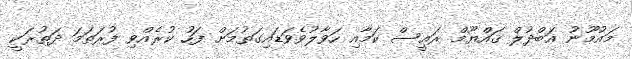
މައުމޫނު އަބްދުލް ޤައްޔޫމް ރައީސް ކަމާއި ހަވާލުވެވަޑައިގަތުމަށް ފަހު ކުރެއްވި ފުރަތަމަ ދަތުރަކީ